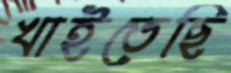
খাইতেছি